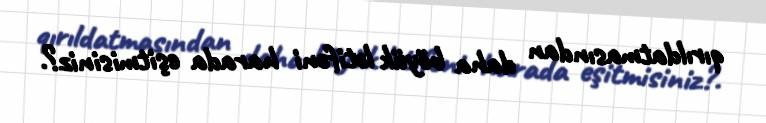
qırıldatmasından daha böyük lətifəni harada eşitmisiniz?.